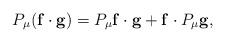
\begin{align*} P_\mu(\mathbf{f}\cdot \mathbf{g})=P_\mu \mathbf{f}\cdot \mathbf{g} +\mathbf{f}\cdot P_\mu \mathbf{g},\end{align*}